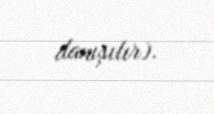
danışılır).